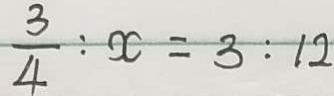
\frac { 3 } { 4 } : x = 3 : 1 2